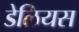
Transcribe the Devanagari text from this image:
डेलियस